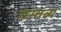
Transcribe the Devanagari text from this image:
वस्तव्यं